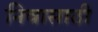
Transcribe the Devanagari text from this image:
निवासाठी